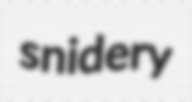
snidery